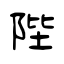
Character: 陛